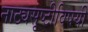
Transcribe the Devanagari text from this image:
नाट्यसृष्टीविषयी